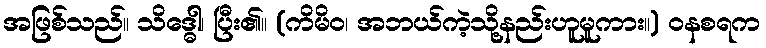
အဖြစ်သည်။ သိဒ္ဓေါ၊ ပြီး၏။ (ကိမိဝ၊ အဘယ်ကဲ့သို့နည်းဟူမူကား။) ဝနစရက